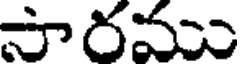
సారము